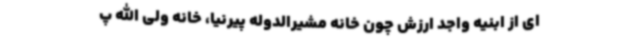
ای از ابنیه واجد ارزش چون خانه مشیرالدوله پیرنیا، خانه ولی الله پ